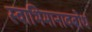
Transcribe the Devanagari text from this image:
स्वाभिमानावबोध